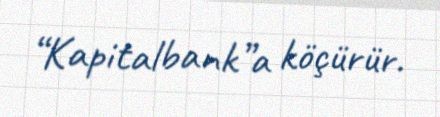
“Kapitalbank”a köçürür.